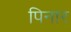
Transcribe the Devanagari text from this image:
पिनार